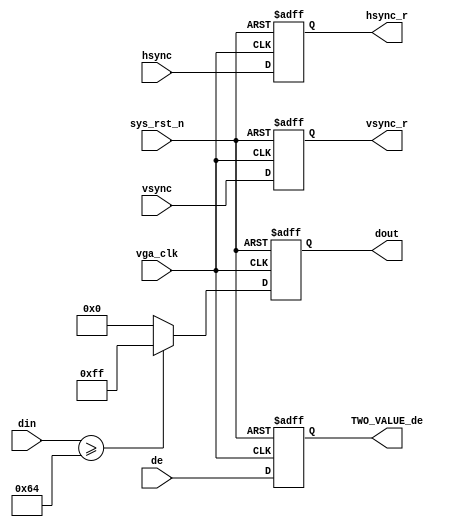







	module TWO_VALUE
		(
			 input   wire            vga_clk     ,   //,25MHz
			 input   wire            sys_rst_n   ,   //,
			 
			 input   wire    [7:0]   din    ,   //
			 input  wire             hsync       ,   //
			 input  wire             vsync       ,   //
			 
			 input wire de,
			 output reg TWO_VALUE_de,
			 
			 output reg  [7:0]       dout,
			 output reg 				 hsync_r,
			 output reg 			    vsync_r
			 
		);

	
//////////////100///////////////////////////
//////////////100///////////////////////////	
//////////////100///////////////////////////	
	
	always @ (posedge vga_clk or negedge sys_rst_n)
	begin 
		if(~sys_rst_n)
			begin 
				dout <= 8'd0;
			end 
		else 
			begin 
				dout <= (din >= 8'd100) ? 8'hff : 8'h00;
			end 
	end 
	
	always @ (posedge vga_clk or negedge sys_rst_n)	
	begin 
		if(~sys_rst_n)
			begin 
				hsync_r <= 1'b0;
				vsync_r <= 1'b0;
				TWO_VALUE_de <= 1'b0;
			end 
		else 
			begin 
				hsync_r <= hsync;
				vsync_r <= vsync;
				TWO_VALUE_de <= de;
			end 
	end 
	
	





	endmodule